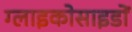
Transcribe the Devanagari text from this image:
ग्लाइकोसाइडों